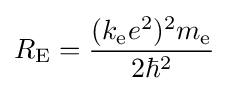
R_{\mathrm {E} }={\frac {(k_{\mathrm {e} }e^{2})^{2}m_{\mathrm {e} }}{2\hbar ^{2}}}